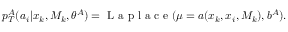
p _ { T } ^ { A } ( a _ { i } | x _ { k } , M _ { k } , \theta ^ { A } ) = \mathrm { ~ L ~ a ~ p ~ l ~ a ~ c ~ e ~ } ( \mu = a ( x _ { k } , x _ { i } , M _ { k } ) , b ^ { A } ) .